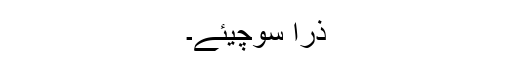
ذرا سوچیئے۔